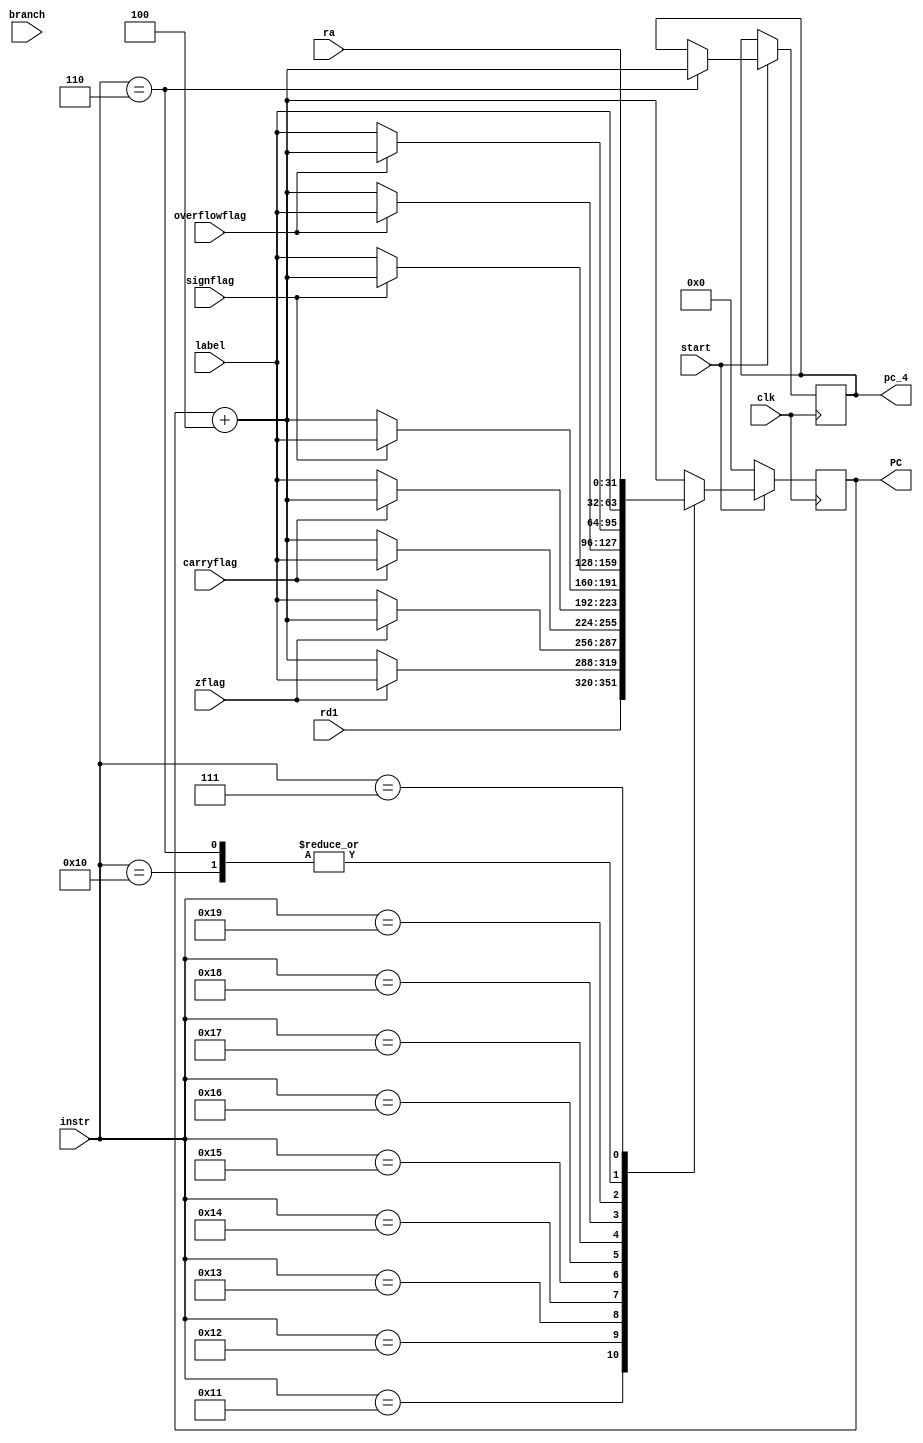
/*
SINGLE CYCLE CPU (KGPRISC)
ASSIGNMENT: 7
GROUP: 32
NAME: Nikhil Nayan Jha (16CS30022)
	   Sarthak Chakraborty (16CS30044)
*/

`timescale 1ns / 1ps
module branch( input clk,
					input branch,
					input [5:0] instr,
					input [31:0] rd1,
					input [31:0] ra,
					input [31:0] label,
					input zflag,
				   input carryflag,
				   input overflowflag,
				   input signflag,
					input start,
					output reg [31:0] PC,
					output reg [31:0] pc_4
				   
    );

	always@(posedge clk)
	begin
		if(!start)
			PC = 32'b0;
		else
		begin
			case (instr)
				6'b010000:	//b
					begin
						PC=label;
					end
				6'b010001:	//br
					begin
						PC=rd1;
					end
				6'b010010:	//bz
					begin
						if(zflag)
							PC=label;
						else
							PC=PC+4;
					end
				6'b010011:	//bnz
					begin
						if(!zflag)
							PC=label;
						else
							PC=PC+4;
					end
				6'b010100:	//bcy
					begin
						if(carryflag)
							PC=label;
						else
							PC=PC+4;
					end
				6'b010101:	//bncy
					begin
						if(!carryflag)
							PC=label;
						else
							PC=PC+4;
					end
				6'b010110:	//bs
					begin
						if(signflag)
							PC=label;
						else
							PC=PC+4;
					end
				6'b010111:	//bns
					begin
						if(!signflag)
							PC=label;
						else
							PC=PC+4;
					end
				6'b011000:	//bv
					begin
						if(overflowflag)
							PC=label;
						else
							PC=PC+4;
					end
				6'b011001:	//bnv
					begin
						if(!overflowflag)
							PC=label;
						else
							PC=PC+4;
					end
				6'b000110:  //Call
					begin
						pc_4 = PC+4;
						PC=label;
					end
				6'b000111:   //Ret
					begin
						PC=ra;
					end
				default:
					begin
						PC=PC+4;
					end	
			endcase
		end
	end
	
endmodule